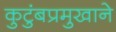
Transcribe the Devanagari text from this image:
कुटुंबप्रमुखाने